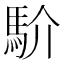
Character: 𩡺